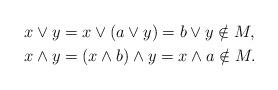
LaTeX: \begin{align*} x \vee y &= x \vee (a \vee y) = b \vee y \notin M , \\ x \wedge y &= (x \wedge b) \wedge y = x \wedge a \notin M . \end{align*}